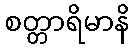
စတ္တာရိမာနိ